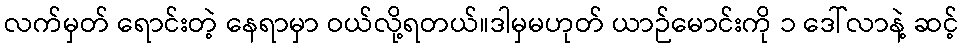
လက်မှတ် ရောင်းတဲ့ နေရာမှာ ဝယ်လို့ရတယ်။ဒါမှမဟုတ် ယာဉ်မောင်းကို ၁ ဒေါ်လာနဲ့ ဆင့်